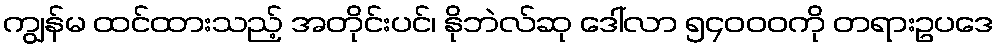
ကျွန်မ ထင်ထားသည့် အတိုင်းပင်၊ နိုဘဲလ်ဆု ဒေါ်လာ ၅၄၀၀၀ကို တရားဥပဒေ